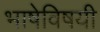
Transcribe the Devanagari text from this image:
भाषेविषयी